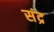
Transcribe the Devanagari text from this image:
संद्र